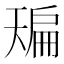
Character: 𰀙